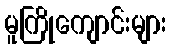
မူကြိုကျောင်းများ